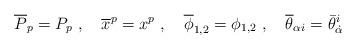
LaTeX: \begin{align*}\overline P_p = P_p \ , \quad \overline x^p=x^p \ , \quad \overline\phi_{1,2}= \phi_{1,2} \ , \quad \overline \theta_{\alpha i} = \bar\theta_{\dot \alpha}^i\end{align*}